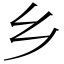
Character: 乡